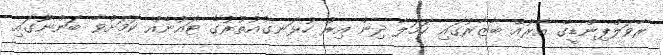
ރާވަލްޕިންޑީގެ އާރުއޭ ބާޒާރުގައި ހަމަލާ ދިން އިރު ހުޅަނގުއުތުރުގެ ޓައުނެއް ކަމަށްވާ ބަންނޫގައި